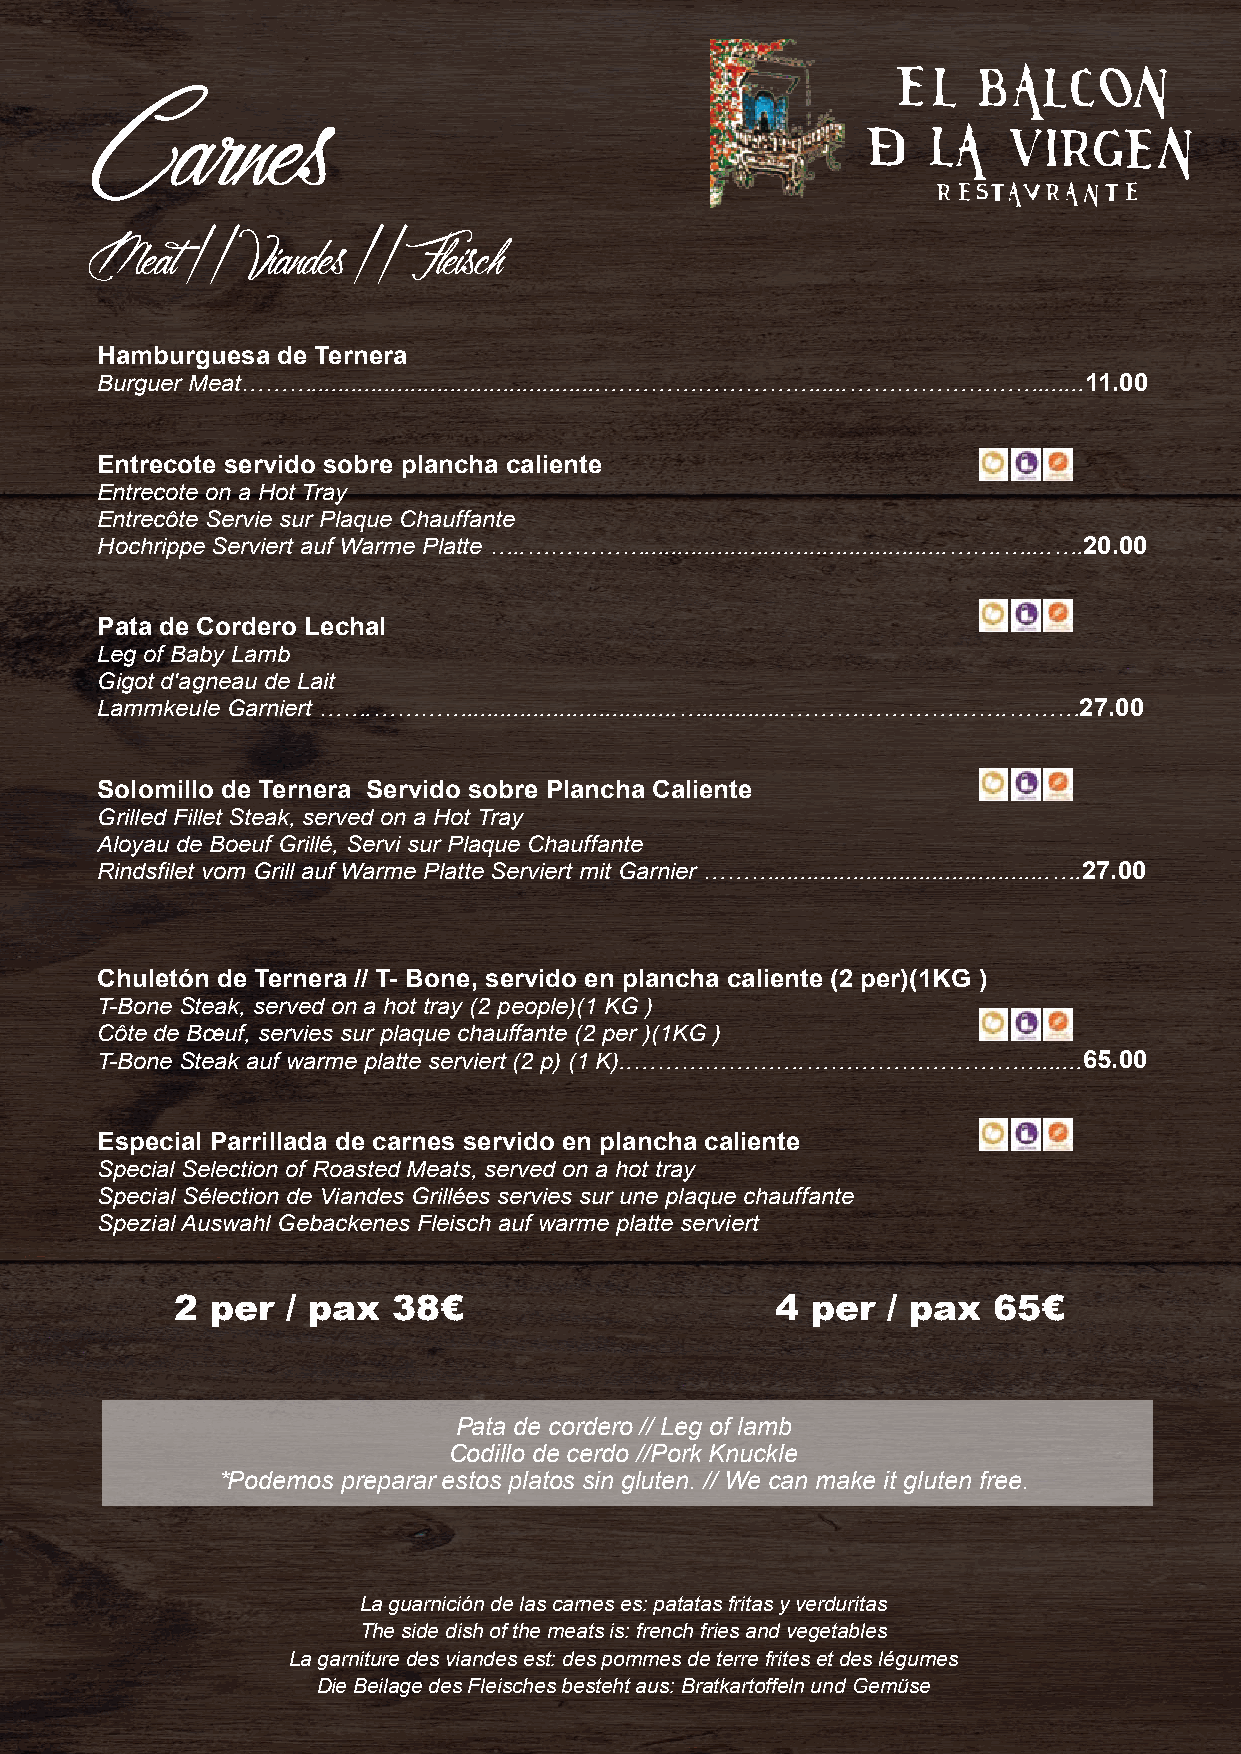
Carnes
 Meat   //Viandes  //Fleisch
 Hamburguesa de Ternera
 Burguer Meat………............................................……………………….....…………………….......11.00
 Entrecote servido sobre plancha caliente
 Entrecote on a Hot Tray
 Entrecôte Servie sur Plaque Chauffante
 Hochrippe Serviert auf Warme Platte …..……………..............................................…….…....….20.00
 Pata de Cordero Lechal
 Leg of Baby Lamb
 Gigot d'agneau de Lait
 Lammkeule Garniert …….…………................................….............……………………….………27.00
 Solomillo de Ternera Servido sobre Plancha Caliente
 Grilled Fillet Steak, served on a Hot Tray
 Aloyau de Boeuf Grillé, Servi sur Plaque Chauffante
 Rindsfilet vom Grill auf Warme Platte Serviert mit Garnier ………..........................................….27.00
 Chuletón de Ternera // T- Bone, servido en plancha caliente (2 per)(1KG )
 T-Bone Steak, served on a hot tray (2 people)(1 KG )
 Côte de Bœuf, servies sur plaque chauffante (2 per )(1KG )
 T-Bone Steak auf warme platte serviert (2 p) (1 K)..………………….…………………………......65.00
 Especial Parrillada de carnes servido en plancha caliente
 Special Selection of Roasted Meats, served on a hot tray
 Special Sélection de Viandes Grillées servies sur une plaque chauffante
 Spezial Auswahl Gebackenes Fleisch auf warme platte serviert
 2 per  / pax  38€                      4  per  / pax  65€
 Pata de cordero // Leg of lamb
 Codillo de cerdo //Pork Knuckle
 *Podemos preparar estos platos sin gluten. // We can make it gluten free.
 La guarnición de las carnes es: patatas fritas y verduritas
 The side dish of the meats is: french fries and vegetables
 La garniture des viandes est: des pommes de terre frites et des légumes
 Die Beilage des Fleisches besteht aus: Bratkartoffeln und Gemüse